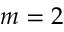
m = 2